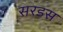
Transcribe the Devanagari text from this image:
सरडस